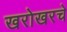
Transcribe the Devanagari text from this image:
खरोखरचे